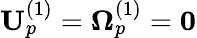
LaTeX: \mathbf{U}_{p}^{(1)}=\boldsymbol{\Omega}_{p}^{(1)}=\mathbf{0}